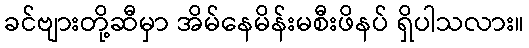
ခင်ဗျားတို့ဆီမှာ အိမ်နေမိန်းမစီးဖိနပ် ရှိပါသလား။